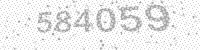
Solution: 584059